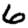
Digit: 6